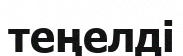
теңелді